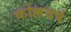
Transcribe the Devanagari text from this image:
कोल्लवर्ष